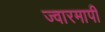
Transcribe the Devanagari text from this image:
ज्वारमापी